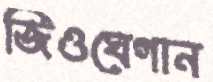
জিওঘেগান